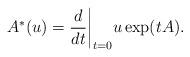
LaTeX: \begin{align*} A^*(u)={d\over dt} \bigg|_{t=0} u\exp(tA).\end{align*}